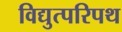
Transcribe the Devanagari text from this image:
विद्युत्परिपथ